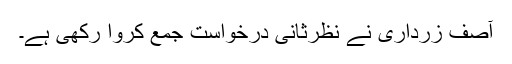
آصف زرداری نے نظرثانی درخواست جمع کروا رکھی ہے۔